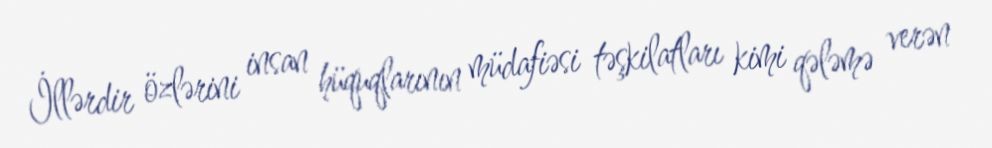
İllərdir özlərini insan hüquqlarının müdafiəsi təşkilatları kimi qələmə verən